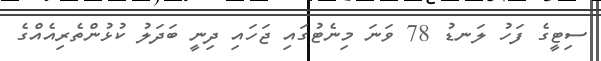
ސިޓީގެ ފަހު ލަނޑު 78 ވަނަ މިނެޓުގައި ޖަހައި ދިނީ ބަދަލު ކުޅުންތެރިއެއްގެ